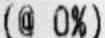
(@ 0%)